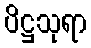
ပိဋ္ဌသုရာ